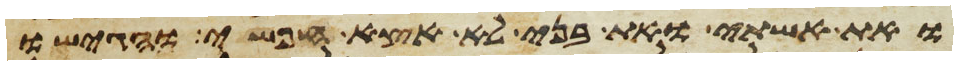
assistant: את אשתי ואת בני לא אצא חפשי והגישו